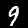
Digit: 9